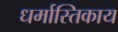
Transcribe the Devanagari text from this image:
धर्मास्तिकाय